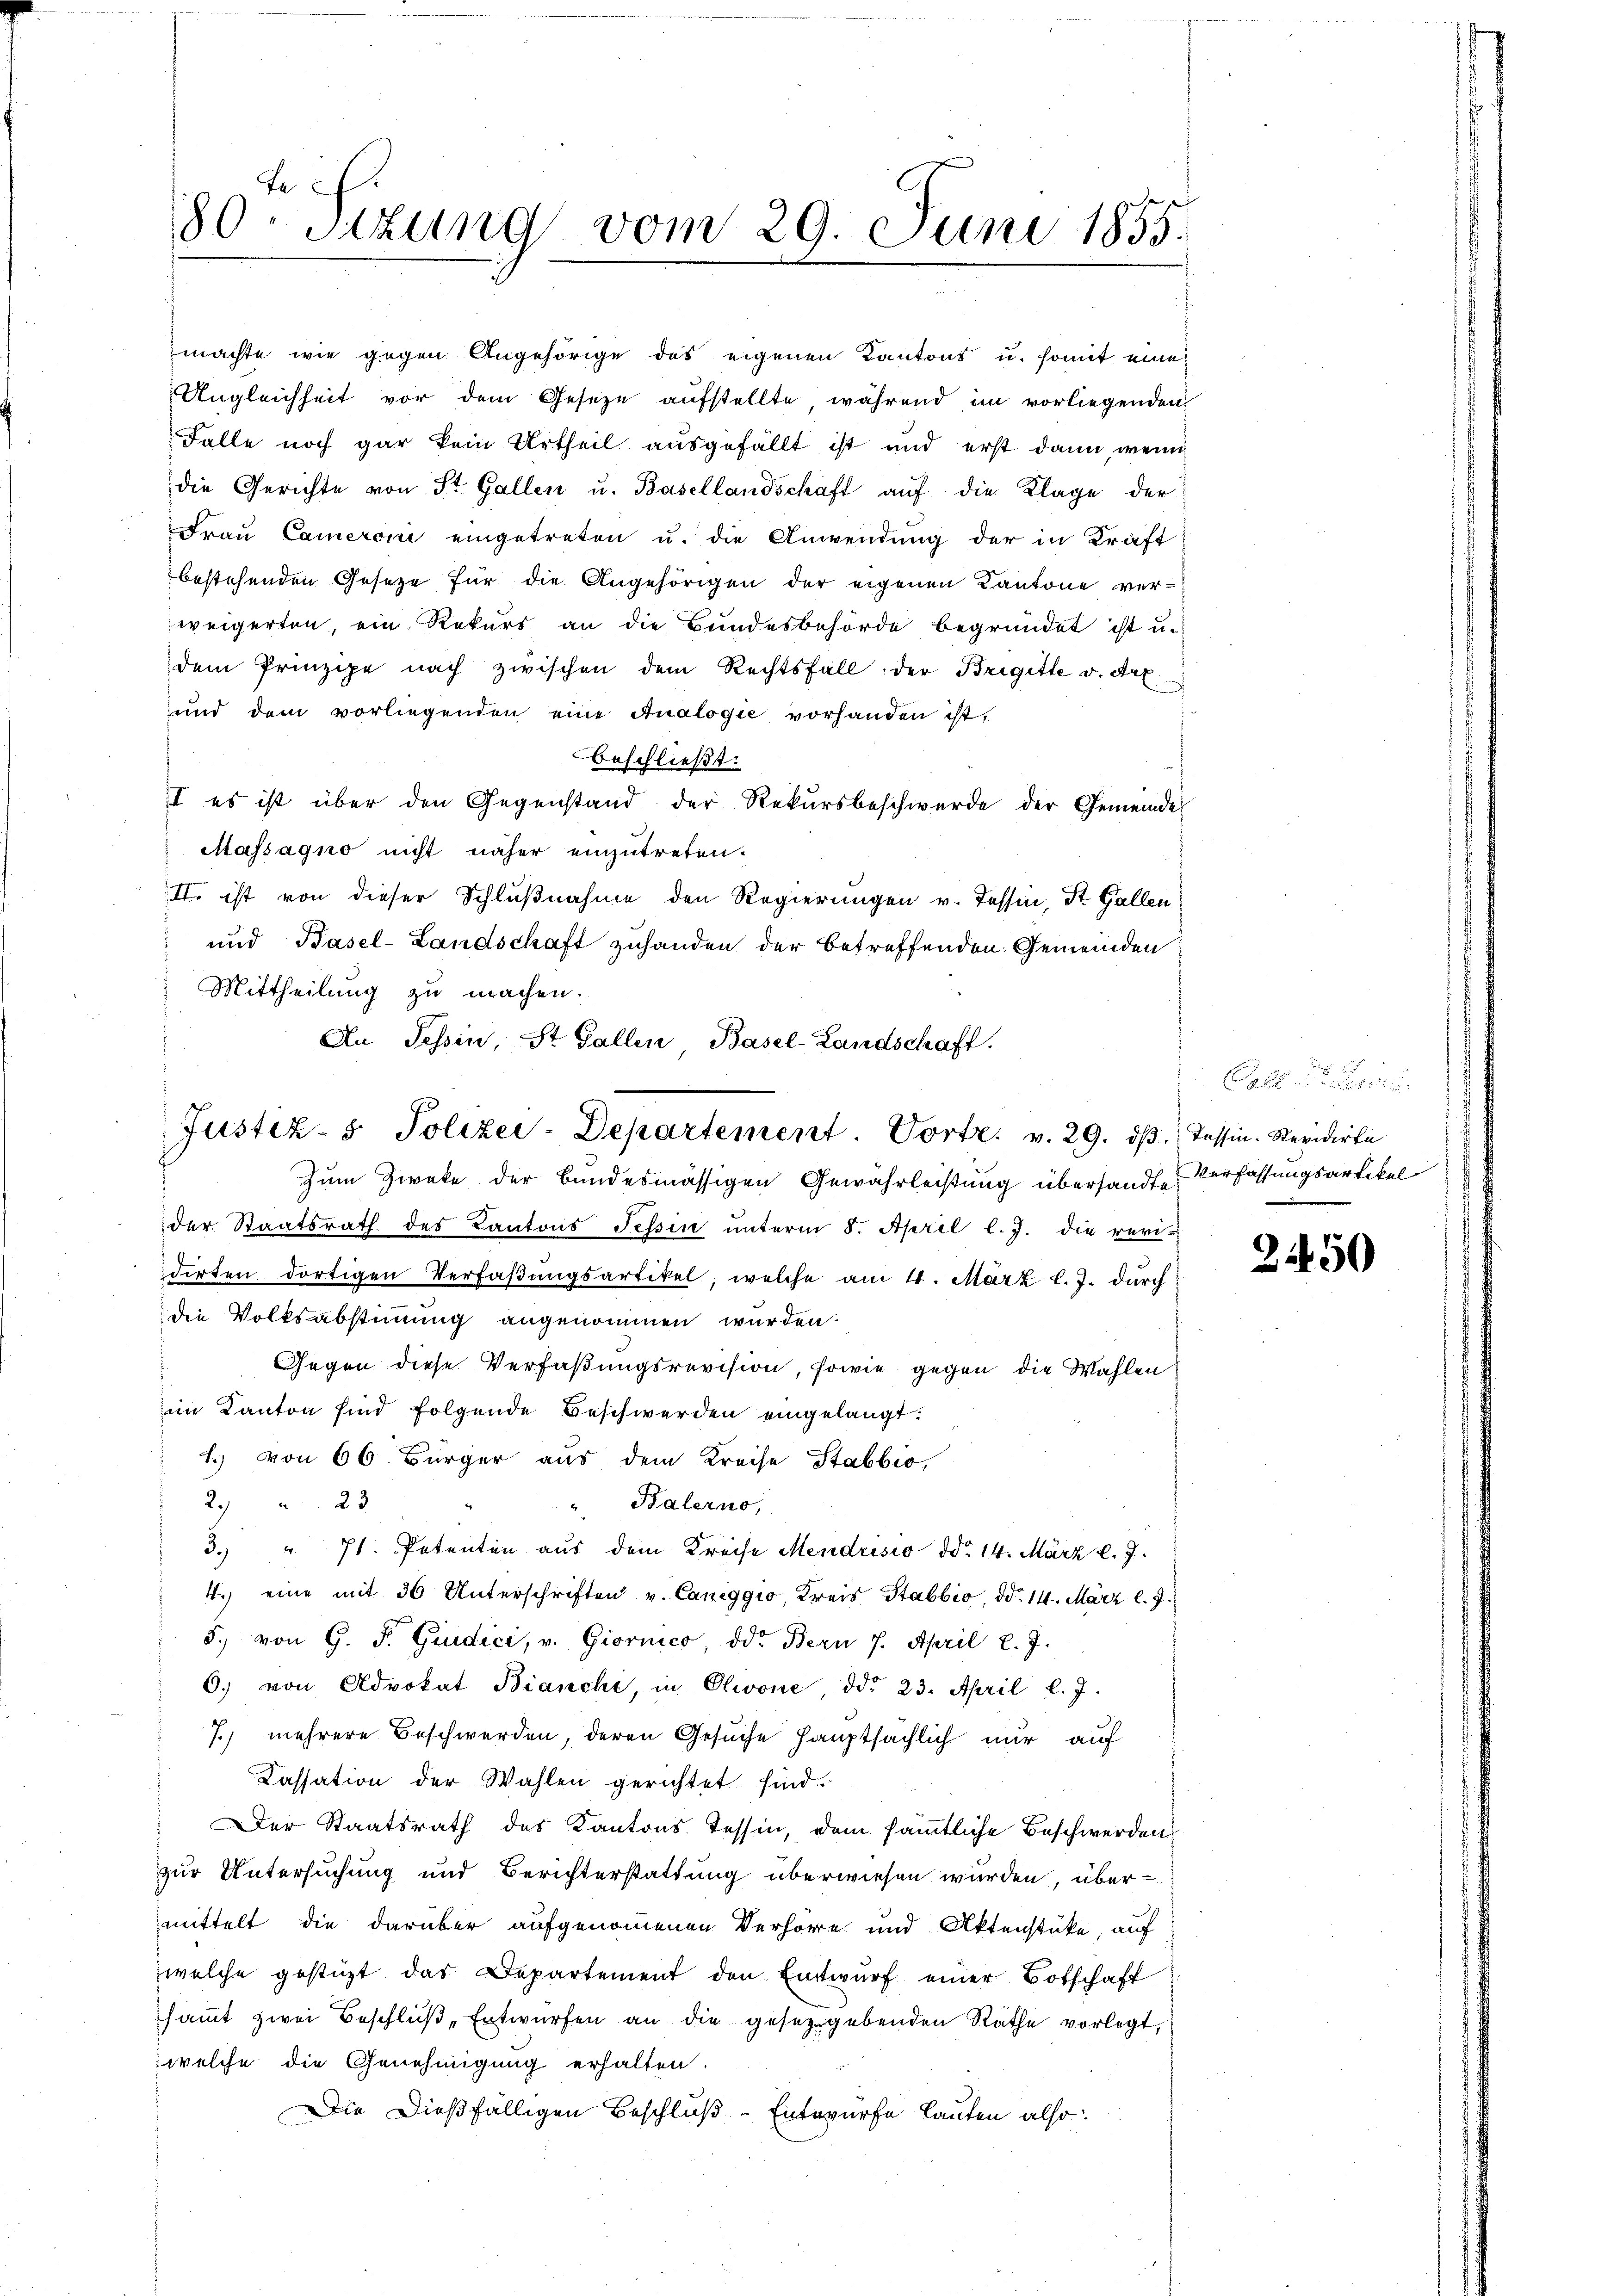
te
80. Sitzung vom 29. Juni 1855.

machte wie gegen Angehörige des eigenen Kantons u. somit eine
Ungleichheit vor dem Gesetze aufstellte, während im vorliegenden
Falle noch gar kein Urtheil ausgefällt ist und erst dann, wenn
die Gerichte von St. Gallen u. Basellandschaft auf die Klage der
Frau Cameroni eingetreten u. die Anwendung der in Kräft
bestehenden Gesetze für die Angehörigen der eigenen Kantone verweigerten, ein Rekurs an die Bundesbehörde begründet ist u.
dem Prinzipe nach zwischen dem Rechtsfall der Brigitte v. Art.
und dem vorliegenden eine Analogie vorhanden ist,
beschließt:
I es ist über den Gegenstand der Rekursbeschwerde der Gemeinde
Massagno nicht näher einzutreten.
II. ist von dieser Schlußnahme den Regierungen v. Tessin, St. Gallen
und Basel-Landschaft zuhanden der betreffenden Gemeinden
Mittheilung zu machen.

Justiz- & Polizei-Departement. Vorte. v. 29. dβ. Tessin: Revidirte

An Tessin, St. Gallen Basel-Landschaft.

Zum Zweke der Bundesmässigen Gewährleistung übersandte Verfassungsartikel
der Staatsrath des Kantons Tessin unterm 8. April l. J. die revi-
derten dortigen Verfaßungsartikel, welche am 4. März l. J. durch
die Volksabstimmung angenommen wurden.
Gegen diese Verfaßungsrevision, sowie gegen die Wahlen
im Kanton sind folgende Beschwerden eingelangt:
1) von 66 Bürger aus dem Kreise Stabbio,
29 " 23
" Balerno,
3.) " 71. Patenten aus dem Kreise Mendrisio ddo 14. März l. J.
4.) eine mit 30 Unterschriften v. Caneggio, Kreis Stabbio, d. 14. März l. J
5., von G. F. Giudici, v. Giornico, ddo. Bern 7. April l. J.
O. von Advokat Bianchi, in Olivone, ddo 23. April l. J.
7.) mehrere Beschwerden, deren Gesuche hauptsächlich nur auf
Kassation der Wahlen gerichtet sind.
Der Staatsrath des Kantons Tessin, dem sämmtliche Beschwerden
zur Untersuchung und Berichterstattung überwiesen wurden, übermittelt die darüber aufgenommenen Verhöre und Aktenstüke, auf
welche gestüzt das Departement den Entwurf einer Botschaft
sammt zwei Beschluß Entwürfen an die gesetzgebenden Räthe vorlegt,
welche die Genehmigung erhalten.
Die Dießfälligen Beschluß - Entwurfe lauten also:

Eall dass

2450